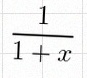
\frac{1}{1+x}